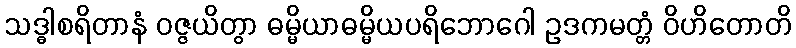
သဒ္ဓါစရိတာနံ ဝဇ္ဇယိတွာ ဓမ္မိယာဓမ္မိယပရိဘောဂေါ ဥဒကမတ္တံ ဝိဟိတောတိ